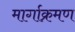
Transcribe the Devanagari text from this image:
मार्गाक्रमण